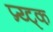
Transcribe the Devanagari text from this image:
प्र्य्ट्क